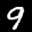
Label: 9